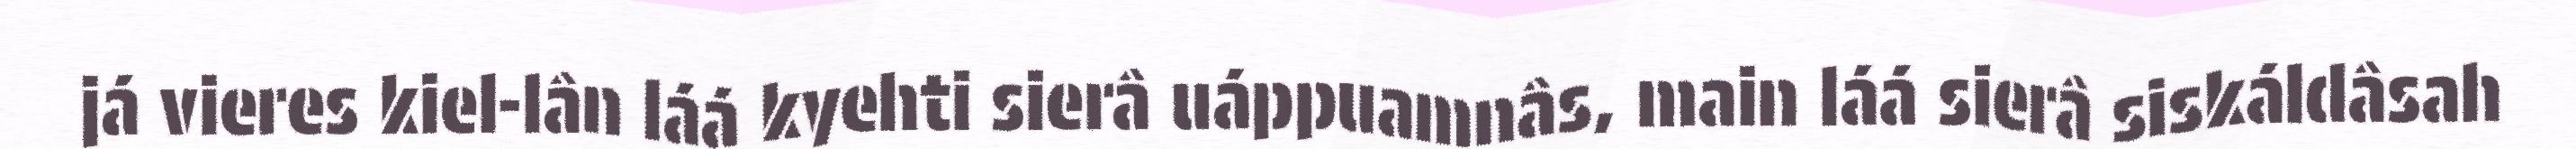
já vieres kiel-lân láá kyehti sierâ uáppuamnâs, main láá sierâ siskáldâsah